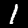
Label: 1